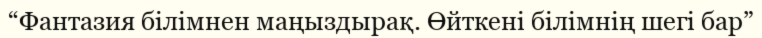
“Фантазия білімнен маңыздырақ. Өйткені білімнің шегі бар”